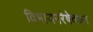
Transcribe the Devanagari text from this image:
विभाजनरेषेवरुन